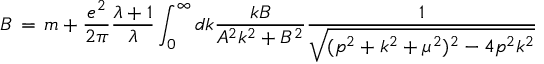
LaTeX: B \, = \, m + \frac { e ^ { 2 } } { 2 \pi } \frac { \lambda + 1 } { \lambda } \int _ { 0 } ^ { \infty } d k \frac { k B } { A ^ { 2 } k ^ { 2 } + B ^ { 2 } } \frac { 1 } { \sqrt { ( p ^ { 2 } + k ^ { 2 } + \mu ^ { 2 } ) ^ { 2 } - 4 p ^ { 2 } k ^ { 2 } } }